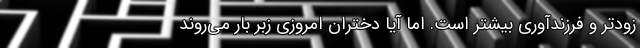
زودتر و فرزند‌آوری بیشتر است. اما آیا دختران امروزی زبر بار می‌روند